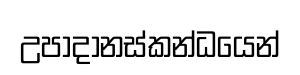
උපාදානස්කන්ධයෙන්